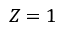
Z = 1